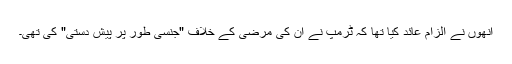
انھوں نے الزام عائد کیا تھا کہ ٹرمپ نے ان کی مرضی کے خلاف "جنسی طور پر پیش دستی" کی تھی۔